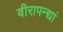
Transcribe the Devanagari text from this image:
वीरापन्द्यां